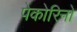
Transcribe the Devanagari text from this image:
पेकोरिनो